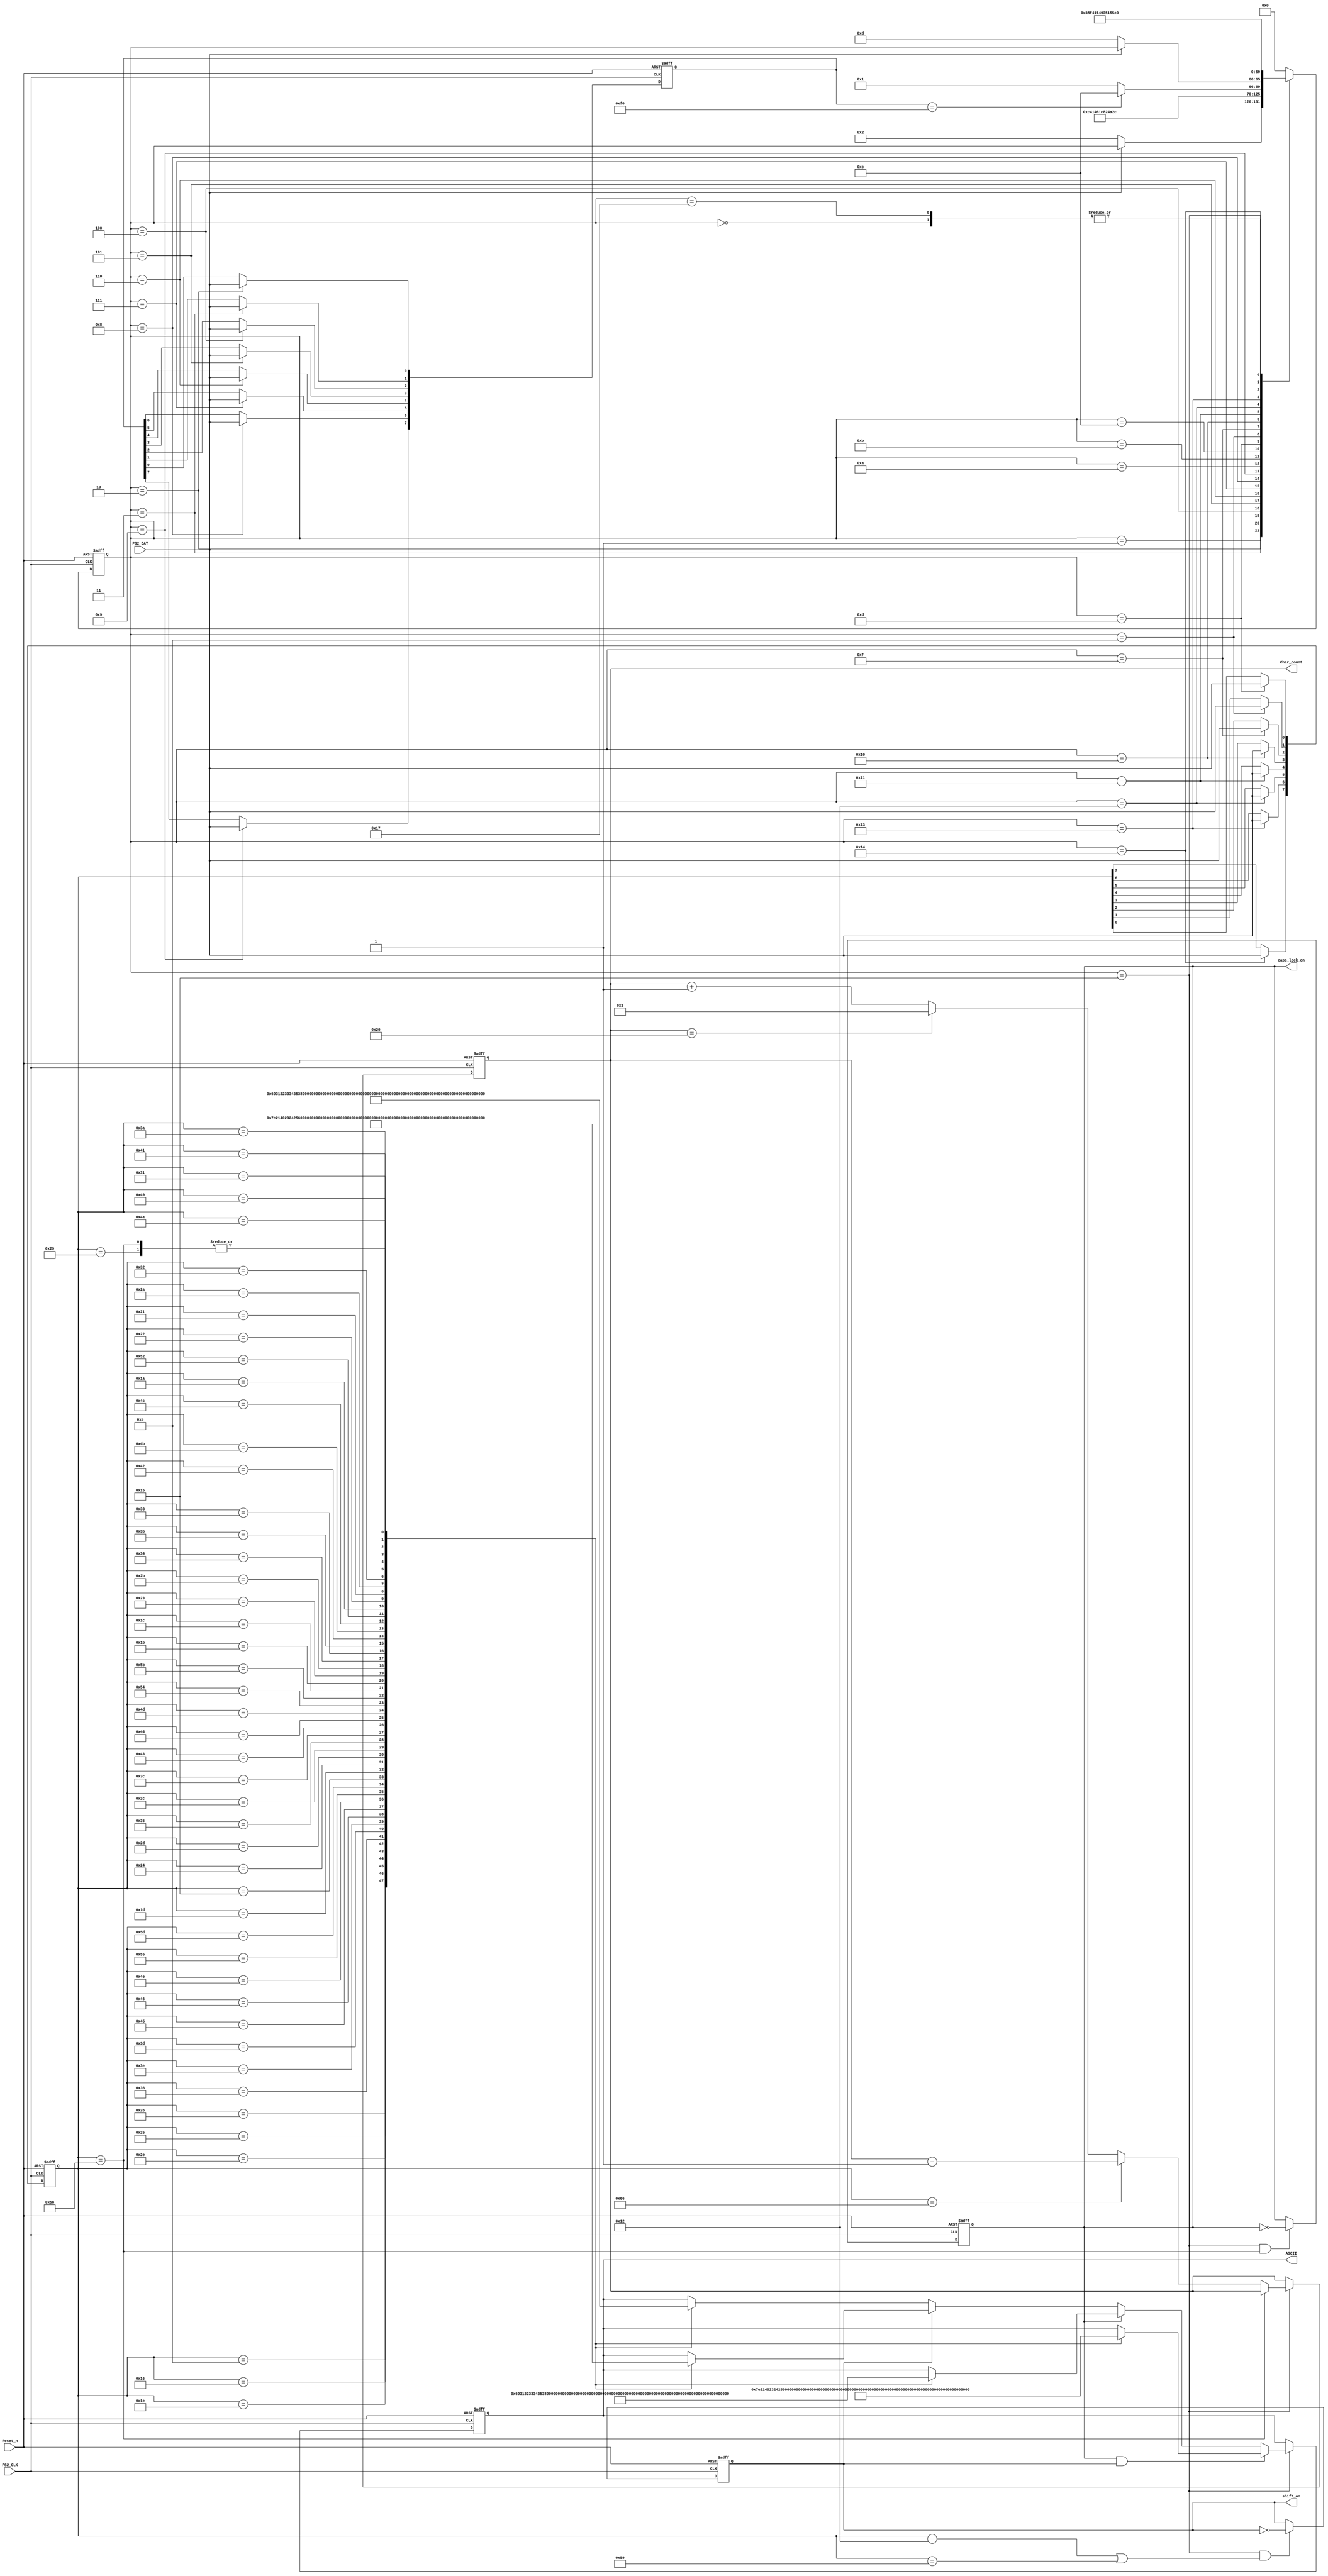
`timescale 1ns / 1ns
//////////////////////////////////////////////////////////////////////////////////
// Company:  RUAS
// 
// Design Name: 
// Module Name: Keyboard
// Project Name: 
// Target Devices: 
// Tool Versions: 
// Description: 
// 
// Dependencies: 
// 
// Revision:
// Revision 0.01 - File Created
// Additional Comments:
// 
//////////////////////////////////////////////////////////////////////////////////


module PS2_Keyboard(
          output reg [7:0] ASCII,
          output reg [5:0] Char_count,
          output reg caps_lock_on, shift_on,
          input  PS2_CLK, PS2_DAT, Reset_n);
          
    
   reg [7:0] key_up_code, scan_code;

   
 // FSM for Keyboard    
   reg [5:0] present_state, next_state;
   
   parameter [5:0] 
     RESET = 6'd0,          KEY_UP_START = 6'd1,
     KEY_UP_0 = 6'd2,       KEY_UP_1 = 6'd3,  
     KEY_UP_2 = 6'd4,       KEY_UP_3 = 6'd5,    
     KEY_UP_4 = 6'd6,       KEY_UP_5 = 6'd7,
     KEY_UP_6 = 6'd8,       KEY_UP_7 = 6'd9, 
     KEY_UP_PARITY = 6'd10, KEY_UP_STOP = 6'd11,      
                   
     SCAN_CODE_START = 6'd12, 
     SCAN_CODE_0 = 6'd13, SCAN_CODE_1 = 6'd14,  
     SCAN_CODE_2 = 6'd15, SCAN_CODE_3 = 6'd16,  
     SCAN_CODE_4 = 6'd17, SCAN_CODE_5 = 6'd18,
     SCAN_CODE_6 = 6'd19, SCAN_CODE_7 = 6'd20,     
     SCAN_CODE_PARITY = 6'd21, 
     SCAN_CODE_STOP = 6'd23;
     
     
  // FSM registers
     always@(negedge PS2_CLK, negedge Reset_n)
       if(!Reset_n) 
          present_state <= RESET;
       else
          present_state <= next_state;
          
 // FSM Combinational block
  always@(present_state, PS2_DAT, key_up_code)
   case(present_state)
    RESET: next_state = KEY_UP_START; 
          
    KEY_UP_START:
       if(!PS2_DAT) 
          next_state = KEY_UP_0;                    
       else
          next_state = present_state; 
    KEY_UP_0: next_state = KEY_UP_1;             
    KEY_UP_1: next_state = KEY_UP_2;           
    KEY_UP_2: next_state = KEY_UP_3;             
    KEY_UP_3: next_state = KEY_UP_4;          
    KEY_UP_4: next_state = KEY_UP_5;             
    KEY_UP_5: next_state = KEY_UP_6;           
    KEY_UP_6: next_state = KEY_UP_7;              
    KEY_UP_7: next_state = KEY_UP_PARITY;          
    KEY_UP_PARITY: next_state = KEY_UP_STOP;              
    KEY_UP_STOP:   
       if(key_up_code == 8'hF0)  // F0 = Key up         
          next_state = SCAN_CODE_START;          
       else
          next_state = KEY_UP_START;       
             
    SCAN_CODE_START: 
        if(!PS2_DAT) 
           next_state = SCAN_CODE_0;                    
        else
           next_state = present_state; 
    SCAN_CODE_0: next_state = SCAN_CODE_1;             
    SCAN_CODE_1: next_state = SCAN_CODE_2;           
    SCAN_CODE_2: next_state = SCAN_CODE_3;             
    SCAN_CODE_3: next_state = SCAN_CODE_4;          
    SCAN_CODE_4: next_state = SCAN_CODE_5;             
    SCAN_CODE_5: next_state = SCAN_CODE_6;           
    SCAN_CODE_6: next_state = SCAN_CODE_7;              
    SCAN_CODE_7: next_state = SCAN_CODE_PARITY;          
    SCAN_CODE_PARITY: next_state = SCAN_CODE_STOP;        
    SCAN_CODE_STOP: next_state = KEY_UP_START;
        
    default: next_state = RESET; 
   endcase 
         
 
 //Capture Keyboard output data      
   always@(negedge PS2_CLK, negedge Reset_n)
    if(!Reset_n)
       begin
         key_up_code <= {8{1'b0}};
         scan_code   <= {8{1'b0}}; 
       end 
    else 
      case(present_state)
        KEY_UP_0: key_up_code[0] <= PS2_DAT;
        KEY_UP_1: key_up_code[1] <= PS2_DAT;
        KEY_UP_2: key_up_code[2] <= PS2_DAT;
        KEY_UP_3: key_up_code[3] <= PS2_DAT;
        KEY_UP_4: key_up_code[4] <= PS2_DAT;
        KEY_UP_5: key_up_code[5] <= PS2_DAT;
        KEY_UP_6: key_up_code[6] <= PS2_DAT;
        KEY_UP_7: key_up_code[7] <= PS2_DAT;          
      
        SCAN_CODE_0: scan_code[0] <= PS2_DAT; 
        SCAN_CODE_1: scan_code[1] <= PS2_DAT;
        SCAN_CODE_2: scan_code[2] <= PS2_DAT;
        SCAN_CODE_3: scan_code[3] <= PS2_DAT;
        SCAN_CODE_4: scan_code[4] <= PS2_DAT;
        SCAN_CODE_5: scan_code[5] <= PS2_DAT;
        SCAN_CODE_6: scan_code[6] <= PS2_DAT;
        SCAN_CODE_7: scan_code[7] <= PS2_DAT;
      endcase  
 
 /*
 // Generate shift on signal
  always@(posedge PS2_CLK, negedge Reset_n)
    if(!Reset_n)                
       shift_on <= 0; 
    else if((present_state == KEY_UP_PARITY) &&
            ((scan_code == 8'h12) || 
             (scan_code == 8'h59))) 
       shift_on <= 1;
    else if(present_state == SCAN_CODE_STOP)  
       shift_on <= 0;    
  */

 
 // Generate shift on signal
   always@(posedge PS2_CLK, negedge Reset_n)
     if(!Reset_n)                
        shift_on <= 0; 
     else if((present_state == SCAN_CODE_PARITY) &&
             ((scan_code == 8'h12) || 
              (scan_code == 8'h59))) 
        shift_on <= ~shift_on;
             
  
  // Generate caps lock on signal
    always@(posedge PS2_CLK, negedge Reset_n)
      if(!Reset_n)                
         caps_lock_on <= 0; 
      else if((present_state == SCAN_CODE_PARITY) &&
              (scan_code == 8'h58))
         caps_lock_on <= ~caps_lock_on;   
         
       
 // count number of characters entered      
  always@(posedge PS2_CLK, negedge Reset_n)
    if(!Reset_n)             
       Char_count <= 0; 
    else if(present_state == SCAN_CODE_PARITY)
      if(scan_code[7:0] == 8'h58) // caps lock on
         Char_count <= Char_count;   
      else if(scan_code[7:0] == 8'h66) // Back space
         Char_count <= Char_count - 1;           
      else if(Char_count == 32) // 32 characters enterd
         Char_count <= 1;                  
      else                        
         Char_count <= Char_count + 1;  


  // Convert keyboard generated scan code to 
   // ASCII code for LCD
 always@(posedge PS2_CLK, negedge Reset_n)
   if(!Reset_n)             
     ASCII <= 0; 
   else if(present_state == SCAN_CODE_PARITY)
    if(caps_lock_on && shift_on) 
     case(scan_code) 
      // scan code    // ASCII                  
       8'h0E: ASCII <= 8'h7E; // ~               
       8'h16: ASCII <= 8'h21; // !       
       8'h1E: ASCII <= 8'h40; // @       
       8'h26: ASCII <= 8'h23; // #       
       8'h25: ASCII <= 8'h24; // $       
       8'h2E: ASCII <= 8'h25; // %       
       8'h36: ASCII <= 8'h5E; // ^       
       8'h3D: ASCII <= 8'h26; // &       
       8'h3E: ASCII <= 8'h2A; // *       
       8'h46: ASCII <= 8'h28; // ( 
       8'h45: ASCII <= 8'h29; // ) 
       8'h4E: ASCII <= 8'h5F; // _ 
       8'h55: ASCII <= 8'h2B; // + 
       8'h5D: ASCII <= 8'h7C; // |          
       8'h15: ASCII <= 8'h71; // q               
       8'h1D: ASCII <= 8'h77; // w       
       8'h24: ASCII <= 8'h65; // e       
       8'h2D: ASCII <= 8'h72; // r       
       8'h2C: ASCII <= 8'h74; // t       
       8'h35: ASCII <= 8'h79; // y       
       8'h3C: ASCII <= 8'h75; // u      
       8'h43: ASCII <= 8'h69; // i       
       8'h44: ASCII <= 8'h6F; // o      
       8'h4D: ASCII <= 8'h70; // p
       8'h54: ASCII <= 8'h7B; // { 
       8'h5B: ASCII <= 8'h7D; // }           
       8'h1C: ASCII <= 8'h61; // a 
       8'h1B: ASCII <= 8'h73; // s              
       8'h23: ASCII <= 8'h64; // d      
       8'h2B: ASCII <= 8'h66; // f      
       8'h34: ASCII <= 8'h67; // g       
       8'h33: ASCII <= 8'h68; // h       
       8'h3B: ASCII <= 8'h6A; // j      
       8'h42: ASCII <= 8'h6B; // k     
       8'h4B: ASCII <= 8'h6C; // l     
       8'h4C: ASCII <= 8'h3A; // :     
       8'h52: ASCII <= 8'h22; // " 
       8'h1A: ASCII <= 8'h7A; // z
       8'h22: ASCII <= 8'h78; // x 
       8'h21: ASCII <= 8'h63; // c              
       8'h2A: ASCII <= 8'h76; // v      
       8'h32: ASCII <= 8'h62; // b      
       8'h31: ASCII <= 8'h6E; // n       
       8'h3A: ASCII <= 8'h6D; // m       
       8'h41: ASCII <= 8'h3C; // <      
       8'h49: ASCII <= 8'h3E; // >     
       8'h4A: ASCII <= 8'h3F; // ? 
       8'h29: ASCII <= 8'h20; // Space  
       8'h58: ASCII <= 8'h20; // Caps Lock
     endcase 
    else if(caps_lock_on)   
     case(scan_code) 
       8'h0E: ASCII <= 8'h60; // `               
       8'h16: ASCII <= 8'h31; // 1       
       8'h1E: ASCII <= 8'h32; // 2       
       8'h26: ASCII <= 8'h33; // 3       
       8'h25: ASCII <= 8'h34; // 4       
       8'h2E: ASCII <= 8'h35; // 5       
       8'h36: ASCII <= 8'h36; // 6       
       8'h3D: ASCII <= 8'h37; // 7       
       8'h3E: ASCII <= 8'h38; // 8       
       8'h46: ASCII <= 8'h39; // 9 
       8'h45: ASCII <= 8'h30; // 0 
       8'h4E: ASCII <= 8'hB0; // - 
       8'h55: ASCII <= 8'h3D; // = 
       8'h5D: ASCII <= 8'hA4; // \               
       8'h15: ASCII <= 8'h51; // Q              
       8'h1D: ASCII <= 8'h57; // W      
       8'h24: ASCII <= 8'h45; // E       
       8'h2D: ASCII <= 8'h52; // R       
       8'h2C: ASCII <= 8'h54; // T       
       8'h35: ASCII <= 8'h59; // Y       
       8'h3C: ASCII <= 8'h55; // U      
       8'h43: ASCII <= 8'h49; // I       
       8'h44: ASCII <= 8'h4F; // O      
       8'h4D: ASCII <= 8'h50; // P
       8'h54: ASCII <= 8'h5B; // [ 
       8'h5B: ASCII <= 8'h5D; // ] 
       8'h1C: ASCII <= 8'h41; // A 
       8'h1B: ASCII <= 8'h53; // S              
       8'h23: ASCII <= 8'h44; // D      
       8'h2B: ASCII <= 8'h46; // F      
       8'h34: ASCII <= 8'h47; // G      
       8'h33: ASCII <= 8'h48; // H       
       8'h3B: ASCII <= 8'h4A; // J      
       8'h42: ASCII <= 8'h4B; // K     
       8'h4B: ASCII <= 8'h4C; // L     
       8'h4C: ASCII <= 8'h3B; // ;     
       8'h52: ASCII <= 8'h27; // ' 
       8'h1A: ASCII <= 8'h5A; // Z
       8'h22: ASCII <= 8'h58; // X 
       8'h21: ASCII <= 8'h43; // C              
       8'h2A: ASCII <= 8'h56; // V      
       8'h32: ASCII <= 8'h42; // B      
       8'h31: ASCII <= 8'h4E; // N       
       8'h3A: ASCII <= 8'h4D; // M       
       8'h41: ASCII <= 8'h2C; // ,      
       8'h49: ASCII <= 8'h2E; // .     
       8'h4A: ASCII <= 8'h2F; // / 
       8'h29: ASCII <= 8'h20; // Space 
       8'h58: ASCII <= 8'h20; // Caps Lock
     endcase         
    else if(shift_on)  
     case(scan_code)         
       8'h0E: ASCII <= 8'h7E; // ~               
       8'h16: ASCII <= 8'h21; // !       
       8'h1E: ASCII <= 8'h40; // @       
       8'h26: ASCII <= 8'h23; // #       
       8'h25: ASCII <= 8'h24; // $       
       8'h2E: ASCII <= 8'h25; // %       
       8'h36: ASCII <= 8'h5E; // ^       
       8'h3D: ASCII <= 8'h26; // &       
       8'h3E: ASCII <= 8'h2A; // *       
       8'h46: ASCII <= 8'h28; // ( 
       8'h45: ASCII <= 8'h29; // ) 
       8'h4E: ASCII <= 8'h5F; // _ 
       8'h55: ASCII <= 8'h2B; // + 
       8'h5D: ASCII <= 8'h7C; // |          
       8'h15: ASCII <= 8'h51; // Q              
       8'h1D: ASCII <= 8'h57; // W      
       8'h24: ASCII <= 8'h45; // E       
       8'h2D: ASCII <= 8'h52; // R       
       8'h2C: ASCII <= 8'h54; // T       
       8'h35: ASCII <= 8'h59; // Y       
       8'h3C: ASCII <= 8'h55; // U      
       8'h43: ASCII <= 8'h49; // I       
       8'h44: ASCII <= 8'h4F; // O      
       8'h4D: ASCII <= 8'h50; // P
       8'h54: ASCII <= 8'h7B; // { 
       8'h5B: ASCII <= 8'h7D; // } 
       8'h1C: ASCII <= 8'h41; // A 
       8'h1B: ASCII <= 8'h53; // S              
       8'h23: ASCII <= 8'h44; // D      
       8'h2B: ASCII <= 8'h46; // F      
       8'h34: ASCII <= 8'h47; // G      
       8'h33: ASCII <= 8'h48; // H       
       8'h3B: ASCII <= 8'h4A; // J      
       8'h42: ASCII <= 8'h4B; // K     
       8'h4B: ASCII <= 8'h4C; // L     
       8'h4C: ASCII <= 8'h3A; // :     
       8'h52: ASCII <= 8'h22; // " 
       8'h1A: ASCII <= 8'h5A; // Z
       8'h22: ASCII <= 8'h58; // X 
       8'h21: ASCII <= 8'h43; // C              
       8'h2A: ASCII <= 8'h56; // V      
       8'h32: ASCII <= 8'h42; // B      
       8'h31: ASCII <= 8'h4E; // N       
       8'h3A: ASCII <= 8'h4D; // M       
       8'h41: ASCII <= 8'h3C; // <      
       8'h49: ASCII <= 8'h3E; // >     
       8'h4A: ASCII <= 8'h3F; // ? 
       8'h29: ASCII <= 8'h20; // Space  
       8'h58: ASCII <= 8'h20; // Caps Lock
     endcase 
    else  // caps lock off and shift off
     case(scan_code)           
       8'h0E: ASCII <= 8'h60; // `               
       8'h16: ASCII <= 8'h31; // 1       
       8'h1E: ASCII <= 8'h32; // 2       
       8'h26: ASCII <= 8'h33; // 3       
       8'h25: ASCII <= 8'h34; // 4       
       8'h2E: ASCII <= 8'h35; // 5       
       8'h36: ASCII <= 8'h36; // 6       
       8'h3D: ASCII <= 8'h37; // 7       
       8'h3E: ASCII <= 8'h38; // 8       
       8'h46: ASCII <= 8'h39; // 9 
       8'h45: ASCII <= 8'h30; // 0 
       8'h4E: ASCII <= 8'hB0; // - 
       8'h55: ASCII <= 8'h3D; // = 
       8'h5D: ASCII <= 8'hA4; // \
       8'h15: ASCII <= 8'h71; // q               
       8'h1D: ASCII <= 8'h77; // w       
       8'h24: ASCII <= 8'h65; // e       
       8'h2D: ASCII <= 8'h72; // r       
       8'h2C: ASCII <= 8'h74; // t       
       8'h35: ASCII <= 8'h79; // y       
       8'h3C: ASCII <= 8'h75; // u      
       8'h43: ASCII <= 8'h69; // i       
       8'h44: ASCII <= 8'h6F; // o      
       8'h4D: ASCII <= 8'h70; // p
       8'h54: ASCII <= 8'h5B; // [ 
       8'h5B: ASCII <= 8'h5D; // ] 
       8'h1C: ASCII <= 8'h61; // a 
       8'h1B: ASCII <= 8'h73; // s              
       8'h23: ASCII <= 8'h64; // d      
       8'h2B: ASCII <= 8'h66; // f      
       8'h34: ASCII <= 8'h67; // g       
       8'h33: ASCII <= 8'h68; // h       
       8'h3B: ASCII <= 8'h6A; // j      
       8'h42: ASCII <= 8'h6B; // k     
       8'h4B: ASCII <= 8'h6C; // l     
       8'h4C: ASCII <= 8'h3B; // ;     
       8'h52: ASCII <= 8'h27; // ' 
       8'h1A: ASCII <= 8'h7A; // z
       8'h22: ASCII <= 8'h78; // x 
       8'h21: ASCII <= 8'h63; // c              
       8'h2A: ASCII <= 8'h76; // v      
       8'h32: ASCII <= 8'h62; // b      
       8'h31: ASCII <= 8'h6E; // n       
       8'h3A: ASCII <= 8'h6D; // m       
       8'h41: ASCII <= 8'h2C; // ,      
       8'h49: ASCII <= 8'h2E; // .     
       8'h4A: ASCII <= 8'h2F; // /
       8'h29: ASCII <= 8'h20; // Space  
       8'h58: ASCII <= 8'h20; // Caps Lock
     endcase  
 
  endmodule